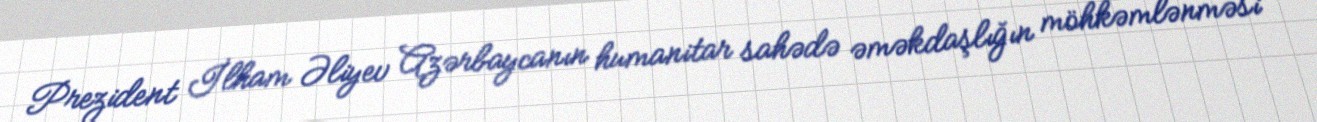
Prezident İlham Əliyev Azərbaycanın humanitar sahədə əməkdaşlığın möhkəmlənməsi